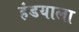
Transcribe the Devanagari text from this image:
हंडयाला